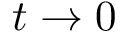
t \rightarrow 0